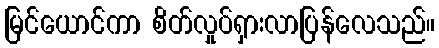
မြင်ယောင်ကာ စိတ်လှုပ်ရှားလာပြန်လေသည်။